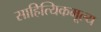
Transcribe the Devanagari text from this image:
साहित्यिकमूल्य